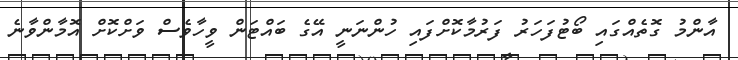
އާންމު ގޮތެއްގައި ބޯޓުފަހަރު ފަރުމާކޮށްފައި ހުންނަނީ އޭގެ ބައްޓަން ވީހާވެސް ވަށްކޮށް އޮމާންވާނެ